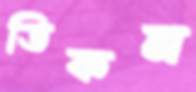
ডিকন